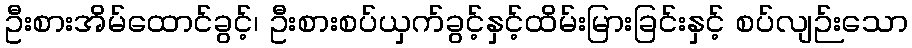
ဦးစားအိမ်ထောင်ခွင့်၊ ဦးစားစပ်ယှက်ခွင့်နှင့်ထိမ်းမြားခြင်းနှင့် စပ်လျဉ်းသော